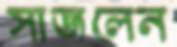
সাজলেন